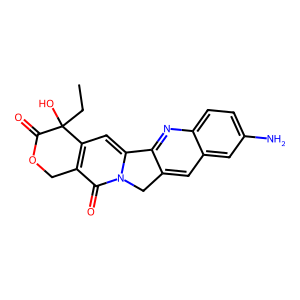
SMILES: CCC1(O)C(=O)OCc2c1cc1n(c2=O)Cc2cc3cc(N)ccc3nc2-1
Inhibits HIV replication: No